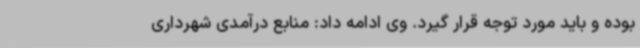
بوده و باید مورد توجه قرار گیرد. وی ادامه داد: منابع درآمدی شهرداری